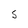
Character: s